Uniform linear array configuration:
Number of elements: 12
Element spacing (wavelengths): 0.75
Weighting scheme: exponential
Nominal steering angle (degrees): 45
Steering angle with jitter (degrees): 45.214
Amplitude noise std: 0.05
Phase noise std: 0.05

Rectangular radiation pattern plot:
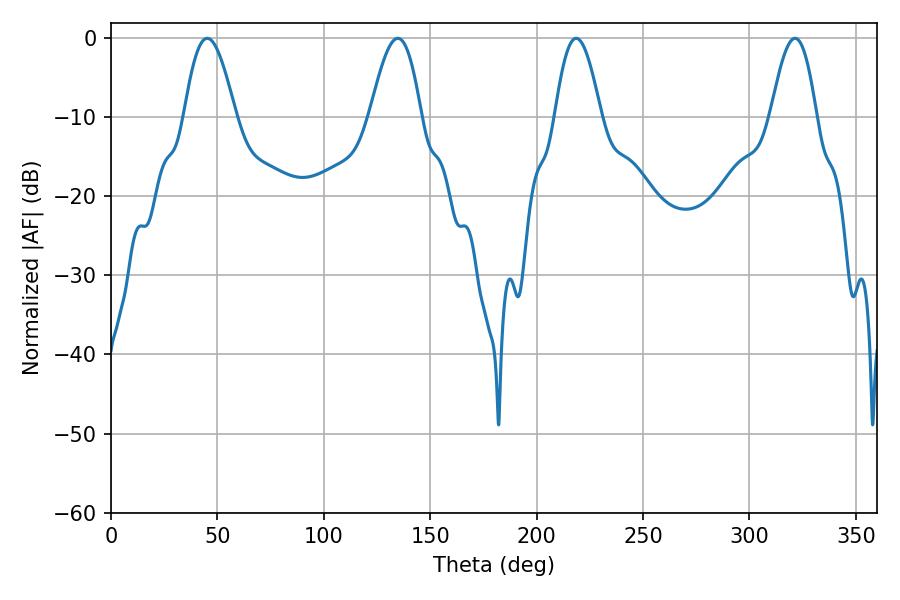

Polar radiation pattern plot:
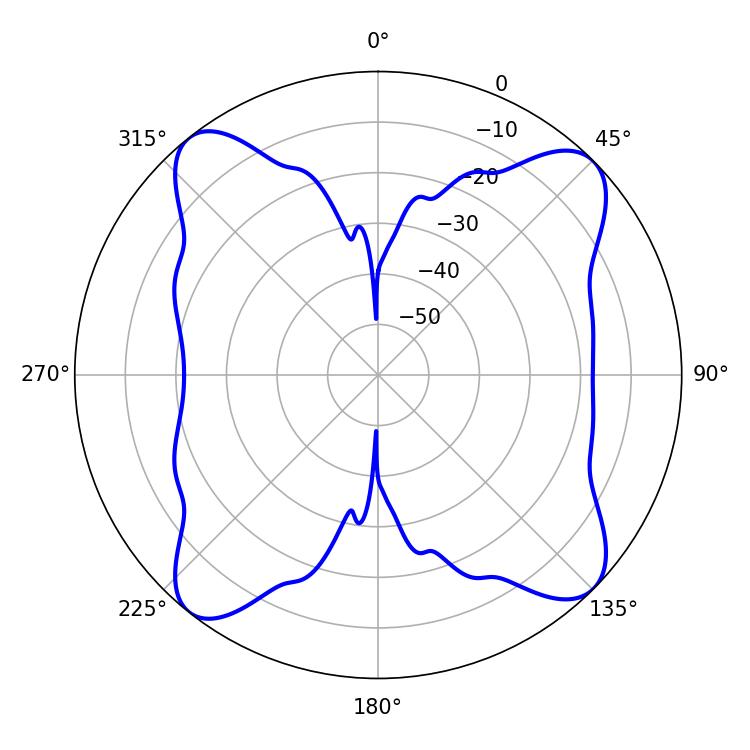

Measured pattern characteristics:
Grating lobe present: TRUE
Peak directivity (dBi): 13.994
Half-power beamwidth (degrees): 12.96
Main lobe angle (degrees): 45.18